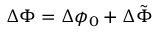
\Delta \Phi = \Delta \phi _ { 0 } + \Delta \tilde { \Phi }